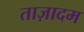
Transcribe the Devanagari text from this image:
ताज़ादम